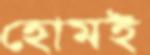
হোমই